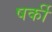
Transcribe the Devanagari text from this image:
षर्की